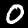
Digit: 0